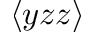
\langle y z z \rangle